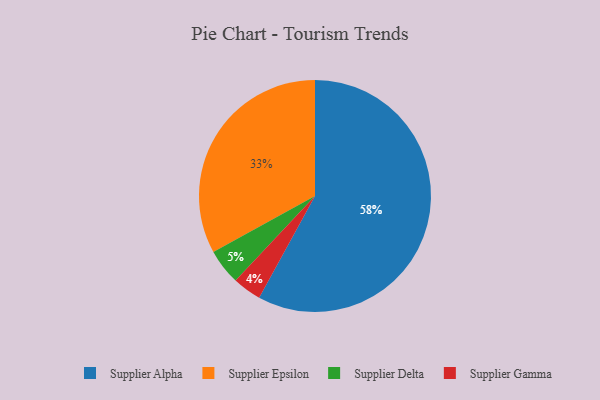
{"axis": {"x": "Category", "y": "Percentage"}, "legend": ["Supplier Alpha", "Supplier Delta", "Supplier Epsilon", "Supplier Gamma"], "data": [{"x": "Supplier Alpha", "y": 58, "type": "Supplier Alpha"}, {"x": "Supplier Epsilon", "y": 33, "type": "Supplier Epsilon"}, {"x": "Supplier Gamma", "y": 4, "type": "Supplier Gamma"}, {"x": "Supplier Delta", "y": 5, "type": "Supplier Delta"}]}